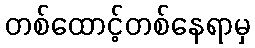
တစ်ထောင့်တစ်နေရာမှ